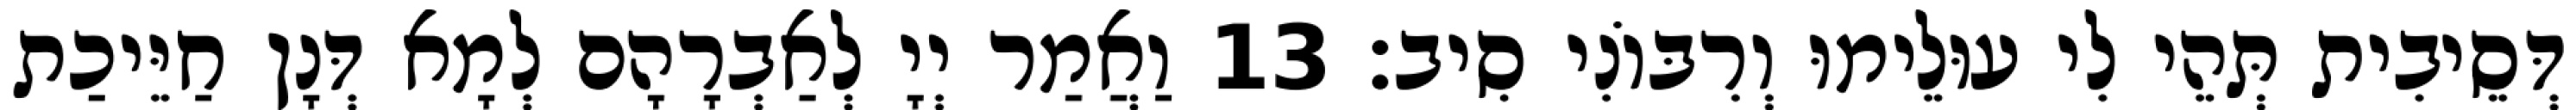
דְּסֵיבִית תְּהֵי לִי עוּלֵימוּ וְרִבּוֹנִי סִיב׃ 13 וַאֲמַר יְיָ לְאַבְרָהָם לְמָא דְּנָן חַיֵּיכַת